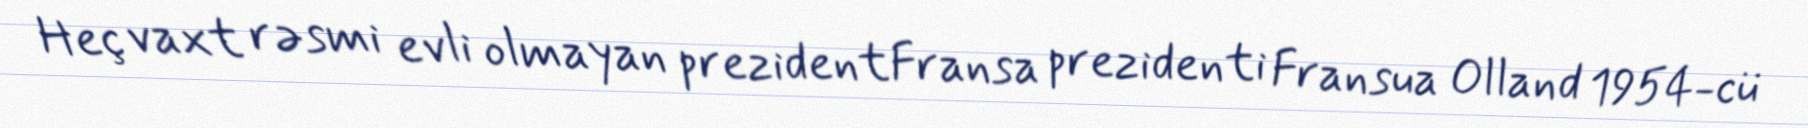
Heç vaxt rəsmi evli olmayan prezidentFransa prezidenti Fransua Olland 1954-cü